Indian Civil Veterinary Department memoirs
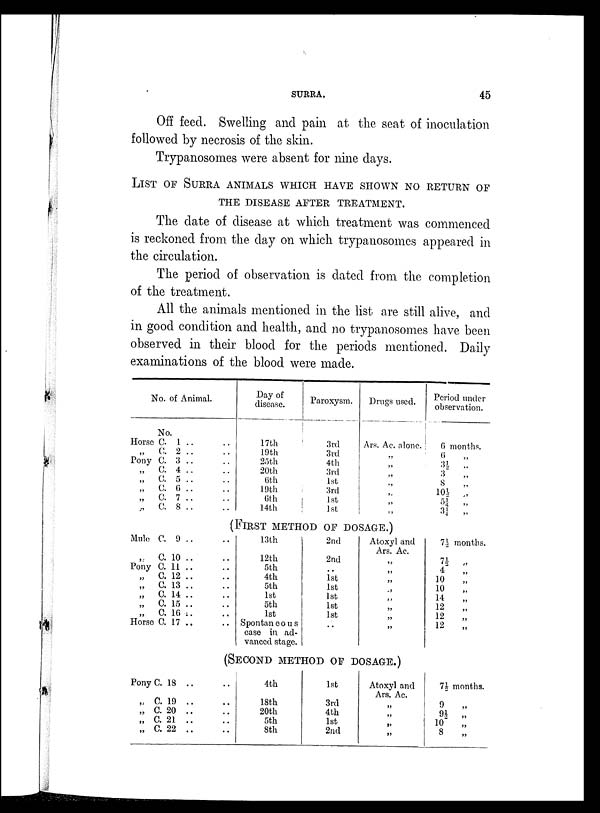
SURRA.
45
Off feed. Swelling and pain at the seat of inoculation
followed by necrosis of the skin.
Trypanosomes were absent for nine days.
LIST OF SURRA ANIMALS WHICH HAVE SHOWN NO RETURN OF
THE DISEASE AFTER TREATMENT.
The date of disease at which treatment was commenced
is reckoned from the day on which trypanosomes appeared in
the circulation.
The period of observation is dated from the completion
of the treatment.
All the animals mentioned in the list are still alive, and
in good condition and health, and no trypanosomes have been
observed in their blood for the periods mentioned. Daily
examinations of the blood were made.
No. of Animal.
No.
Horse C. 1 .. ..
„ C. 2 .. ..
Pony C. 3 .. ..
„ C. 4 .. ..
„ C. 5 .. ..
„ C. 6 .. ..
„ C. 7 . .. ..
„ C. 8 .. ..
Day of
disease.
17th
19th
25th
20th
6th
19th
6th
14th
Paroxysm.
3rd
3rd
4th
3rd
1st
3rd
1st
1st
Drugs used.
Ars. Ac. alone.
„
„
„
„
„
„
„
(FIRST METHOD OF DOSAGE.)
Mule C. 9 .. ..
„ C. 10 .. ..
Pony C. 11 .. ..
„ C. 12 .. ..
„ C. 13 .. ..
„ C. 14 .. ..
„ C. 15 .. ..
„ C. 16 .. ..
Horse C. 17 .. ..
13th
12th
5th
4th
5th
1st
5th
1st
Spontaneous
case in ad-
vanced stage.
2nd
2nd
..
1st
1st
1st
1st
1st
..
Atoxyl and
Ars. Ac.
„
„
„
„
„
„
„
„
(SECOND METHOD OF DOSAGE.)
Pony C. 18 .. ..
„ C. 19 .. ..
„ C. 20 .. ..
„ C. 21 .. ..
„ C. 22 .. ..
4th
18th
20th
5th
8th
1st
3rd
4th
1st
2nd
Atoxyl and
Ars. Ac.
„
„
„
„
Period under
observation.
6 months.
6 „
3½ „
3
„
8 „
10½ „
5¼ „
3¼ „
7½ months.
7½ „
4
„
10 „
10 „
14 „
12
„
12
„
12
„
7½ months.
9 „
9½ „
10 „
8
„